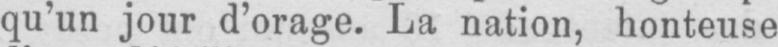
qu’un jour d’orage. La nation, honteuse